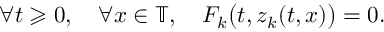
\forall t \geqslant 0 , \quad \forall x \in \mathbb { T } , \quad F _ { k } \big ( t , z _ { k } ( t , x ) \big ) = 0 .